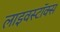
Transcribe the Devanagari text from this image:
लाइवस्टॉक्स